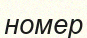
номер